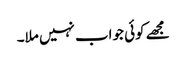
مجھے کوئی جواب نہیں ملا۔